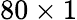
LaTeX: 80\times 1